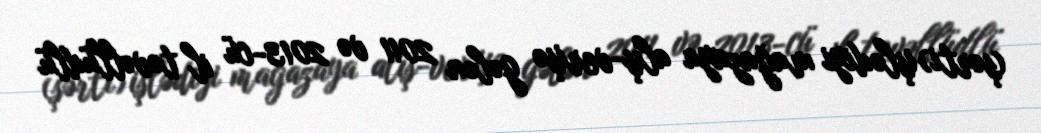
(şərti) işlədiyi mağazaya alış-verişə gələn 2011 və 2013-cü il təvəllüdlü